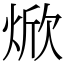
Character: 焮